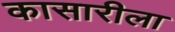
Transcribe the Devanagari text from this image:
कासारीला